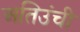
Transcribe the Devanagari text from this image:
अतिउंची